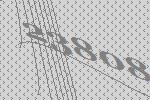
23808